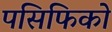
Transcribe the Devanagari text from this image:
पसिफिको